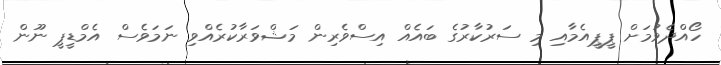
ހޯއްދެވުމަށް ޕީޕީއެމާއި މި ސަރުކާރުގެ ބައެއް އިސްވެރިން މަޝްވަރާކުރެއްވި ނަމަވެސް އެމްޑީޕީ ނޫން